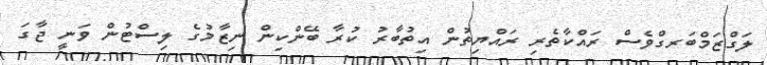
ލަގްޒަމްބަރގްވެސް ރައްކާތެރި ރައްޔިތުން އިތުބާރު ކުރާ ބޭންކިން ނިޒާމުގެ ލިސްޓުން ވަނީ ޖާގަ